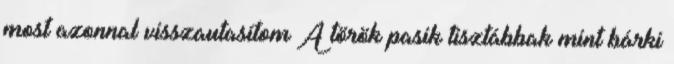
most azonnal visszautasítom A török pasik tisztábbak mint bárki